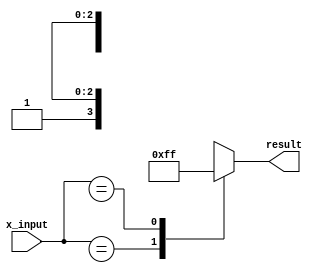
module x_based_case (
    input wire [3:0] x_input,
    output reg [7:0] result
);

always @* begin
    case (x_input)
        4'b0xxx: result = 8'b0000_0000; // case for x at MSB
        4'b1xxx: result = 8'b1111_1111; // case for x at MSB
        4'b01xx: result = 8'b0011_0011; // case for x in middle
        4'b10xx: result = 8'b1100_1100; // case for x in middle
        default: result = 8'bxxxx_xxxx; // default case for unknown values
    endcase
end

endmodule